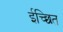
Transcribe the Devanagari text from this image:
ईच्छित